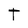
Character: T